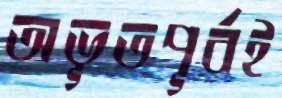
অভূতপূর্বই